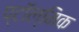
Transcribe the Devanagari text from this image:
प्टॉल्मिक